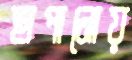
ছাপানোয়